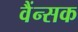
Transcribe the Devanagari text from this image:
वैंन्सक